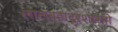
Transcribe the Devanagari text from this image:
लालबहादूरशास्त्री